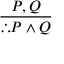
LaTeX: \frac { P , Q } { \therefore P \land Q }